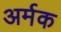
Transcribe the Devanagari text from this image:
अर्मक